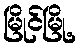
မြိုင်မြို့